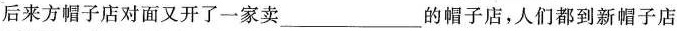
后来方帽子店对面又开了一家卖___的帽子店，人们都到新帽子店